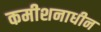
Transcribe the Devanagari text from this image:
कमीशनाधीन